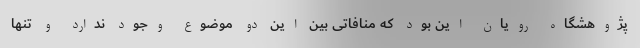
پژوهشگاه رویان این بود که منافاتی بین این دو موضوع وجود ندارد و تنها